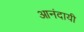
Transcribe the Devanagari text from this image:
आनंदायी